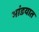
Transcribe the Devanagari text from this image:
भांडयात